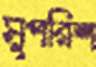
সুপরিশ